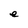
Character: e